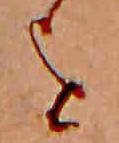
を